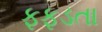
ફફડતા